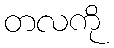
တလကို